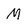
Character: M